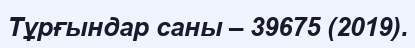
Тұрғындар саны – 39675 (2019).